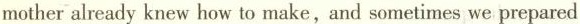
mother already knew how to make, and sometimes we prepared